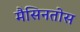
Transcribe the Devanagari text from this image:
मैसिनतोस